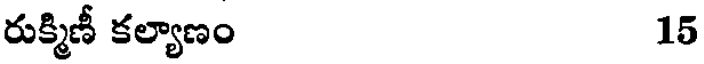
రుక్మిణీ కల్యాణం 15